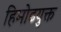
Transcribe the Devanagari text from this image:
हिमोढयुक्त